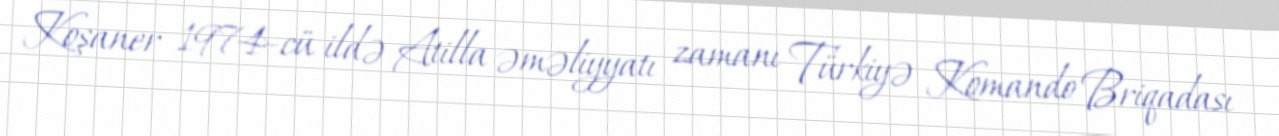
Koşaner 1974-cü ildə Atilla əməliyyatı zamanı Türkiyə Komando Briqadası